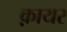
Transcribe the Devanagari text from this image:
क़ायर